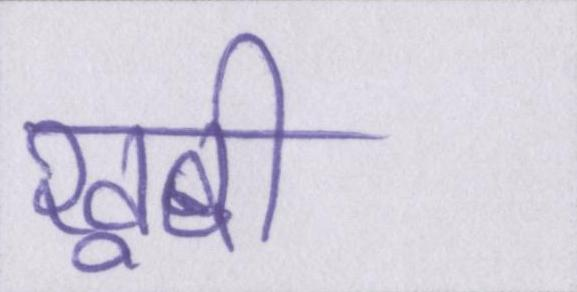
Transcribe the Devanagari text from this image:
खूबी